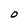
Character: 0